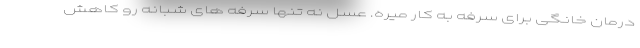
درمان خانگی برای سرفه به کار میره. عسل نه تنها سرفه های شبانه رو کاهش